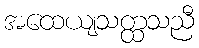
အထေယျသတ္ထသညီ